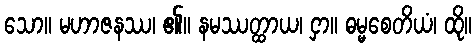
သော။ မဟာဇနဿ၊ ၏။ နမဿတ္ထာယ၊ ငှာ။ ဓမ္မစေတိယံ၊ ထို။